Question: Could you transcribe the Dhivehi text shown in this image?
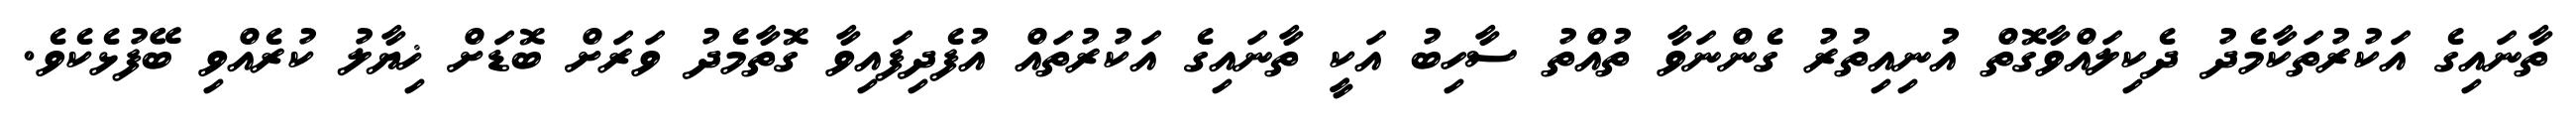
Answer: ތާނައިގެ އަކުރުތަކާމެދު ދެކިލައްވާގޮތް އުނިއިތުރު ގެންނަވާ ތުއްތު ސާހިބު އަކީ ތާނައިގެ އަކުރުތައް އުފެދިފައިވާ ގޮތާމެދު ވަރަށް ބޮޑަށް ޚިޔާލު ކުރެއްވި ބޭފުޅެކެވެ.